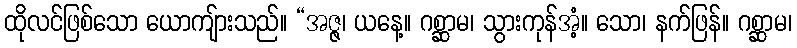
ထိုလင်ဖြစ်သော ယောကျ်ားသည်။ “အဇ္ဇ၊ ယနေ့။ ဂစ္ဆာမ၊ သွားကုန်အံ့။ သော၊ နက်ဖြန်။ ဂစ္ဆာမ၊